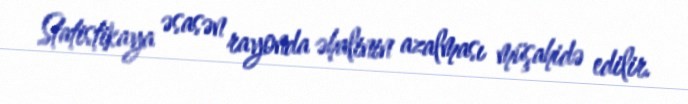
Statistikaya əsasən rayonda əhalinin azalması müşahidə edilir.